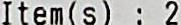
ITEM(S) : 2